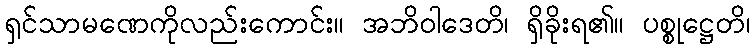
ရှင်သာမဏေကိုလည်းကောင်း။ အဘိဝါဒေတိ၊ ရှိခိုးရ၏။ ပစ္စုဋ္ဌေတိ၊